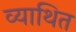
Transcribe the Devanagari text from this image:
व्याथित